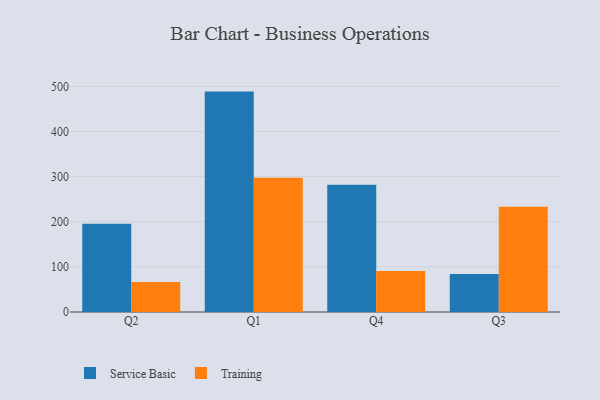
{"axis": {"x": "Quarter", "y": "Demand Index"}, "legend": ["Service Basic", "Training"], "data": [{"x": "Q2", "y": 195.5, "type": "Service Basic"}, {"x": "Q2", "y": 66.7, "type": "Training"}, {"x": "Q1", "y": 488.5, "type": "Service Basic"}, {"x": "Q1", "y": 297.5, "type": "Training"}, {"x": "Q4", "y": 282.0, "type": "Service Basic"}, {"x": "Q4", "y": 90.7, "type": "Training"}, {"x": "Q3", "y": 84.4, "type": "Service Basic"}, {"x": "Q3", "y": 233.3, "type": "Training"}]}